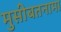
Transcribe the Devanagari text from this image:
मुसीबतनामा